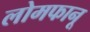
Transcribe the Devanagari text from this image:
लोमफानू